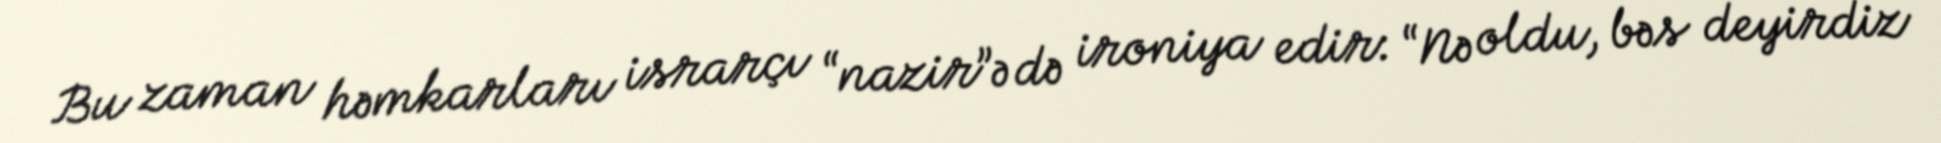
Bu zaman həmkarları israrçı “nazir”ə də ironiya edir: “Nə oldu, bəs deyirdiz